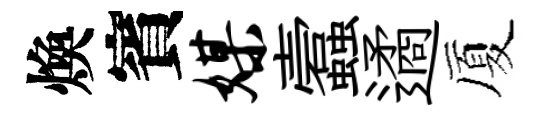
煥賓媒蠧遹厦